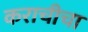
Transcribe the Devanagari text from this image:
कराचीचा